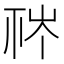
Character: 𥙏